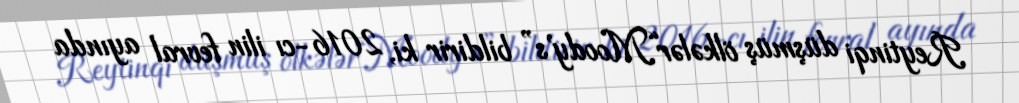
Reytinqi düşmüş ölkələr“Moody's” bildirir ki, 2016-cı ilin fevral ayında